Vaccination in Bombay 1924-1928 - 1924-1928
Year: 1924
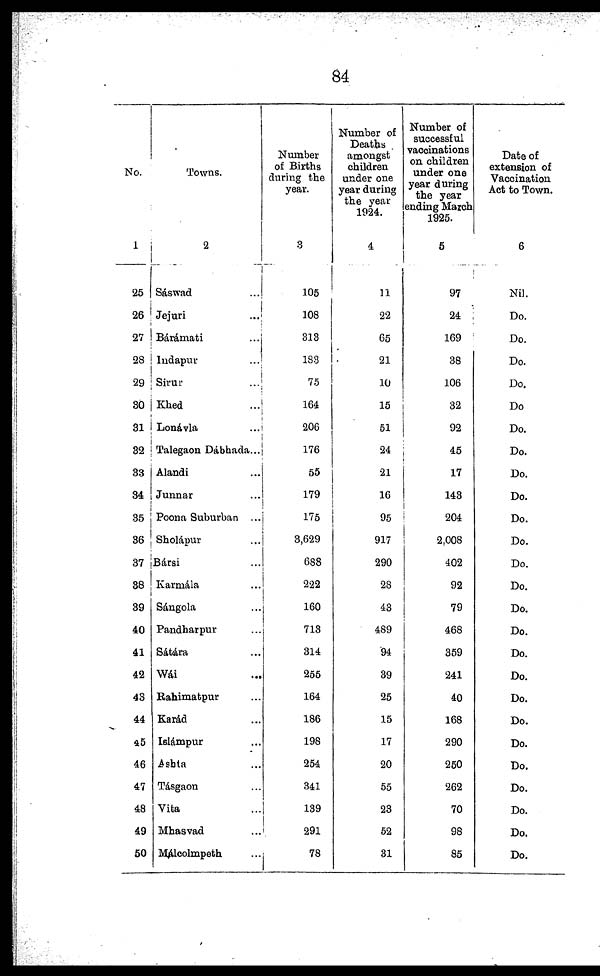
84
No.
1
25
26
27
28
29
30
31
32
33
34
35
36
37
38
39
40
41
42
43
44
45
46
47
48
49
50
Towns.
2
Sáswad ...
Jejuri ...
Bárámati ...
Indapur ...
Sirur ...
Khed ...
Lonávla ...
Talegaon Dábhada...
Alandi ...
Junnar ...
Poona Suburban ...
Sholápur ...
Bársi ...
Karmála ...
Sángola ...
Pandharpur ...
Sátára ...
Wái ...
Rahimatpur ...
Karád ...
Islámpur ...
Ashta ...
Tásgaon ...
Vita ...
Mhasvad ...
Málcolmpeth ...
Number
of Births
during the
year.
3
105
108
313
183
75
164
206
176
55
179
175
3,629
688
222
160
713
314
255
164
186
198
254
341
139
291
78
Number of
Deaths
amongst
children
under one
year during
the year
1924.
4
11
22
65
21
10
15
51
24
21
16
95
917
290
28
43
489
94
39
25
15
17
20
55
23
52
31
Number of
successful
vaccinations
on children
under one
year during
the year
ending March
1925.
5
97
24
169
38
106
32
92
45
17
143
204
2,008
402
92
79
468
359
241
40
168
290
250
262
70
98
85
Date of
extension of
Vaccination
Act to Town.
6
Nil.
Do.
Do.
Do.
Do.
Do
Do.
Do.
Do.
Do.
Do.
Do.
Do.
Do.
Do.
Do.
Do.
Do.
Do.
Do.
Do.
Do.
Do.
Do.
Do.
Do.